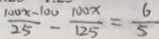
\frac { 1 0 0 x - 1 0 0 } { 2 5 } - \frac { 1 0 0 x } { 1 2 5 } = \frac { 6 } { 5 }